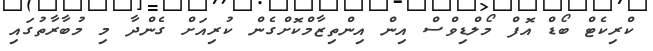
ކްރިކެޓް ބޯޑް އޮފް މޯލްޑިވްސް އިން އިންތިޒާމްކޮށްގެން ކުރިއަށް ގެންދާ މި މުބާރާތުގައި